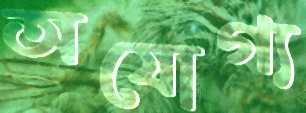
অযোগ্য